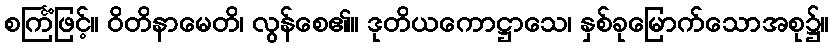
စင်္ကြံဖြင့်။ ဝိတိနာမေတိ၊ လွန်စေ၏။ ဒုတိယကောဋ္ဌာသေ၊ နှစ်ခုမြောက်သောအစု၌။